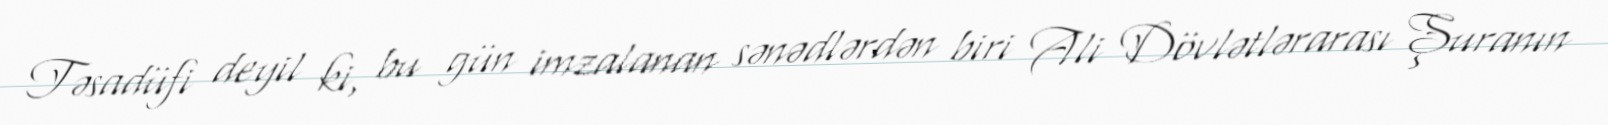
Təsadüfi deyil ki, bu gün imzalanan sənədlərdən biri Ali Dövlətlərarası Şuranın